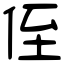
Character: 侄